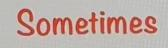
Sometimes